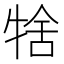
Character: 𤙱